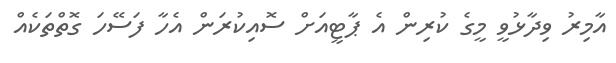
އާމިރު ވިދާޅުވީ މީގެ ކުރިން އެ ޕާޓީއަށް ސޮއިކުރަން އެހާ ފަސޭހަ ގޮތްތަކެއް